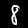
Digit: 8